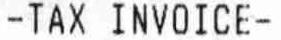
-TAX INVOICE-